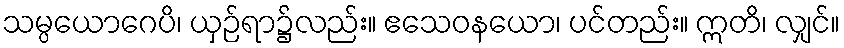
သမ္ပယောဂေပိ၊ ယှဉ်ရာ၌လည်း။ ဧသေဝနယော၊ ပင်တည်း။ ဣတိ၊ လျှင်။